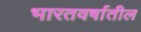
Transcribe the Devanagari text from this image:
भारतवर्षातील